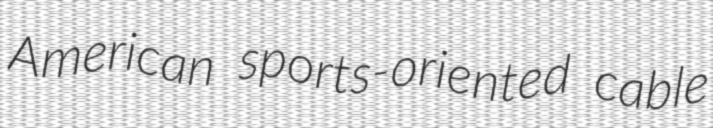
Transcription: American sports-oriented cable